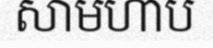
សាមហាប